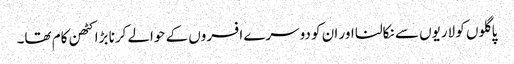
پاگلوں کو لاریوں سے نکالنا اور ان کو دوسرے افسروں کے حوالے کرنا بڑا کٹھن کام تھا۔